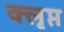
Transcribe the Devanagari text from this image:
क्लृप्त